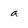
Character: a